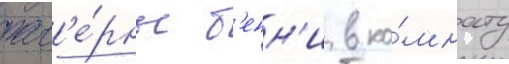
тав'е́рны б'енн'и в ко́мнату